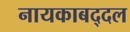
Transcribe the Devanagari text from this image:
नायकाबद्दल